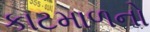
કાટમાળનો